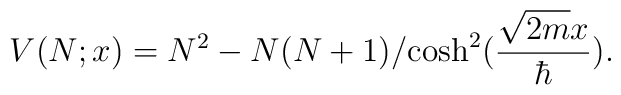
V(N; x) = N^2-{N(N+1)}/{\cosh^2({\sqrt{2m}x\over\hbar})}.